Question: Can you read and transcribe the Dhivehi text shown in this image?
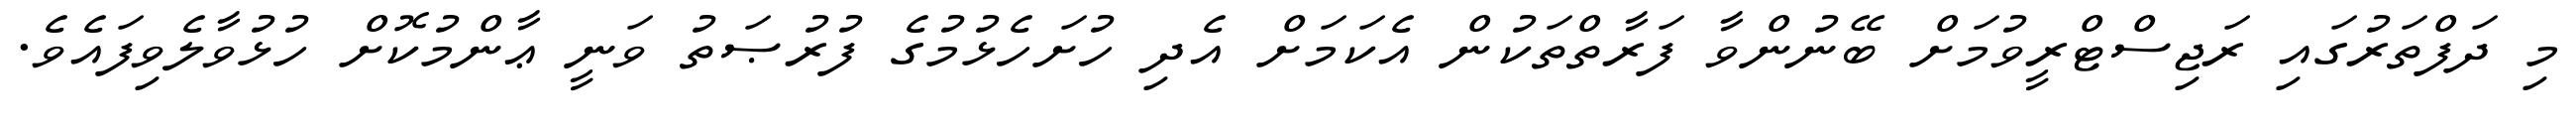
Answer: މި ދަފްތަރުގައި ރަޖިސްޓްރީވުމަށް ބޭނުންވާ ފަރާތްތަކުން އެކަމަށް އެދި ހުށަހެޅުމުގެ ފުރުޞަތު ވަނީ ޢާންމުކޮށް ހުޅުވާލެވިފައެވެ.